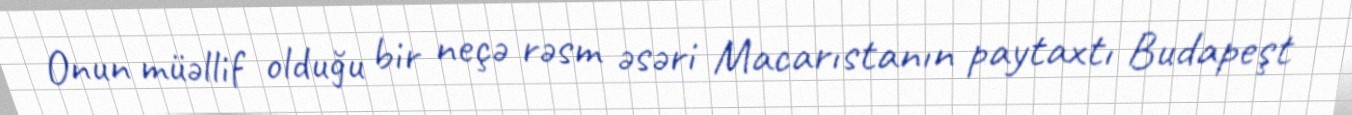
Onun müəllif olduğu bir neçə rəsm əsəri Macarıstanın paytaxtı Budapeşt